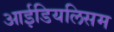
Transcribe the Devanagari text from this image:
आईडियलिसम